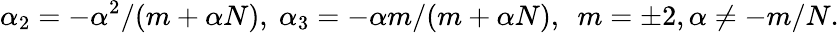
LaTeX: \alpha_{2}=-\alpha^{2}/(m+\alpha N),~\alpha_{3}=-\alpha m/(m+\alpha N),~~m=\pm 2,\alpha\neq-m/N.